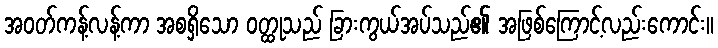
အဝတ်ကန့်လန့်ကာ အစရှိသော ဝတ္ထုသည် ခြားကွယ်အပ်သည်၏ အဖြစ်ကြောင့်လည်းကောင်း။